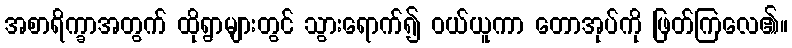
အစာရိက္ခာအတွက် ထိုရွာများတွင် သွားရောက်၍ ဝယ်ယူကာ တောအုပ်ကို ဖြတ်ကြလေ၏။